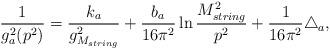
LaTeX: \begin{align*}\frac{1}{g_a^{2}(p^2)} = \frac{k_a}{g^2_{M_{string}}} +\frac{b_a}{16 \pi^2}\ln \frac{M_{string}^2}{p^2}+ \frac{1}{16 \pi^2} \triangle_a,\end{align*}